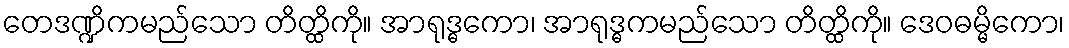
တေဒဏ္ဍိကမည်သော တိတ္ထိကို။ အာရုဒ္ဓကော၊ အာရုဒ္ဓကမည်သော တိတ္ထိကို။ ဒေဝဓမ္မိကော၊